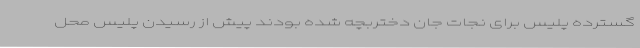
گسترده پلیس برای نجات جان دختربچه شده بودند پیش از رسیدن پلیس محل